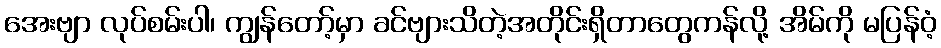
အေးဗျာ လုပ်စမ်းပါ၊ ကျွန်တော့်မှာ ခင်ဗျားသိတဲ့အတိုင်းရှိတာတွေကန်လို့ အိမ်ကို မပြန်ဝံ့